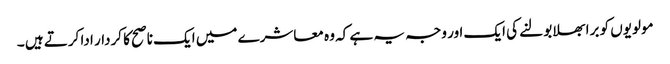
مولویوں کو برا بھلا بولنے کی ایک اور وجہ یہ ہے کہ وہ معاشرے میں ایک ناصح کا کردار ادا کرتے ہیں ۔